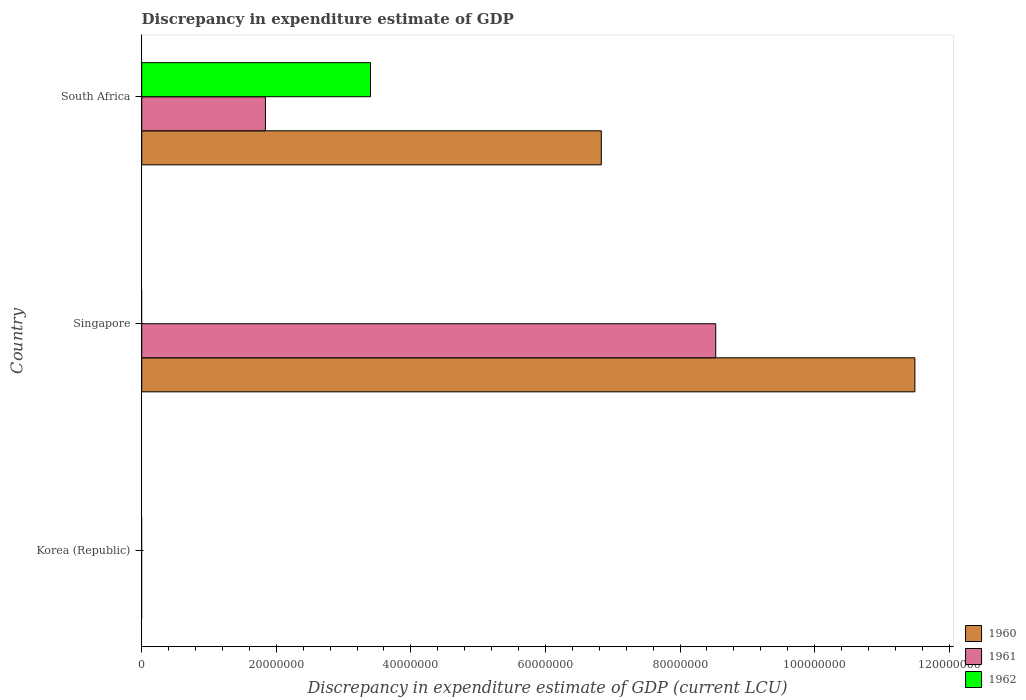
| Country | 1960 | 1961 | 1962 |
 | --- | --- | --- | --- |
 | Korea (Republic) | -4.22e+08 | -3.24e+08 | -4.47e+08 |
 | Singapore | 1.15e+08 | 8.53e+07 | -4.22e+07 |
 | South Africa | 6.83e+07 | 1.84e+07 | 3.4e+07 |